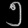
Digit: ၅